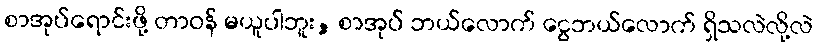
စာအုပ်ရောင်းဖို့ တာဝန် မယူပါဘူး, စာအုပ် ဘယ်လောက် ငွေဘယ်လောက် ရှိသလဲလို့လဲ